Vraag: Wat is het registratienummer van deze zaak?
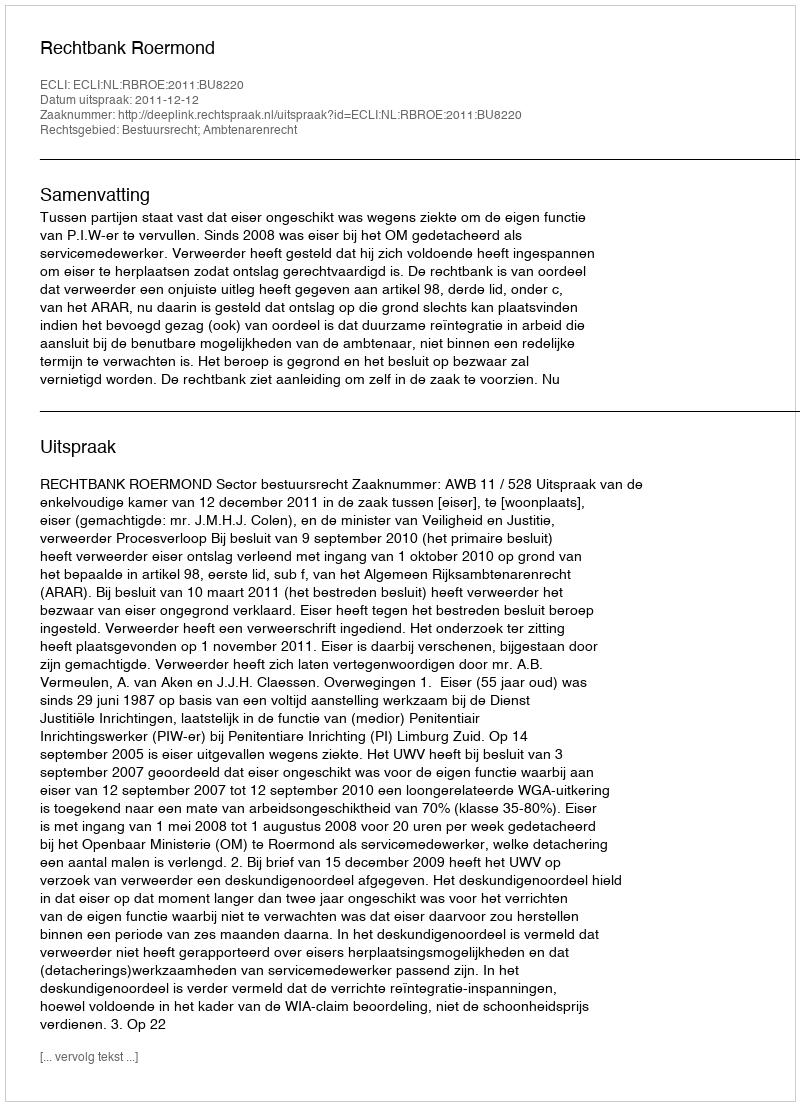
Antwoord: http://deeplink.rechtspraak.nl/uitspraak?id=ECLI:NL:RBROE:2011:BU8220